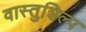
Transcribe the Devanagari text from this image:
वास्‍तुशिल्प